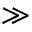
\gg